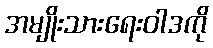
အမျိုးသားရေးဝါဒကို